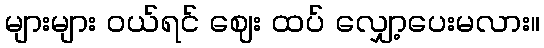
များများ ဝယ်ရင် ဈေး ထပ် လျှော့ပေးမလား။